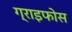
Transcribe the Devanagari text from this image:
ग्राइफोस